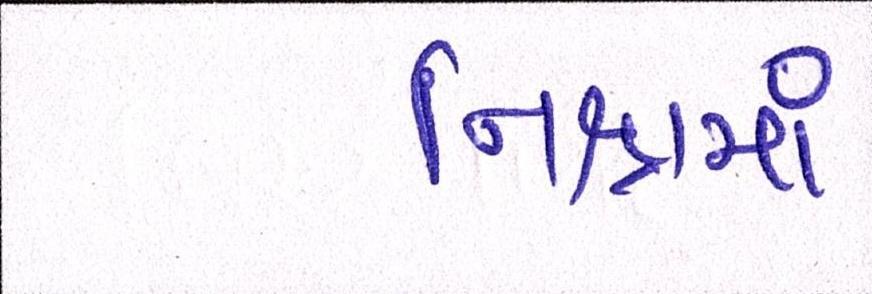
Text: નિશ્રામાં